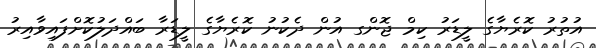
އުތުރު ކޮރެޔާގެ ލީޑަރު ކިމް ޖޮންގ އުން ދެކުނު ކޮރެޔާގެ ލީޑަރާ ބައްދަލުކޮށްފައިވާއިރު